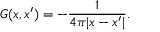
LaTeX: G ( x , x ^ { \prime } ) = - { \frac { 1 } { 4 \pi | x - x ^ { \prime } | } } .